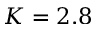
K = 2 . 8